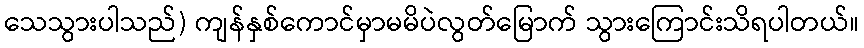
သေသွားပါသည်) ကျန်နှစ်ကောင်မှာမမိပဲလွတ်မြောက် သွားကြောင်းသိရပါတယ်။